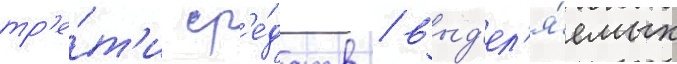
тр'е́т'и ср'е́дств / выд'ел'я́емых